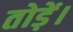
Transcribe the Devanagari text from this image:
तोड़ें।